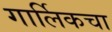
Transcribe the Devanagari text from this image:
गार्लिकचा